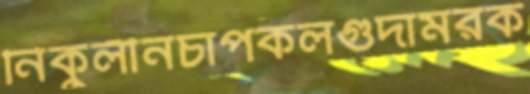
নিকুলীনচাপকলগুদামরক